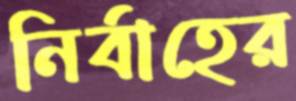
নির্বাহের